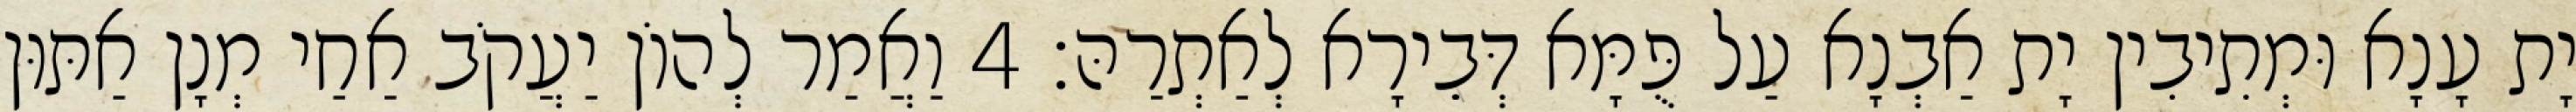
יָת עָנָא וּמְתִיבִין יָת אַבְנָא עַל פֻּמָּא דְּבֵירָא לְאַתְרַהּ׃ 4 וַאֲמַר לְהוֹן יַעֲקֹב אַחַי מְנָן אַתּוּן